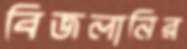
বিজলানির